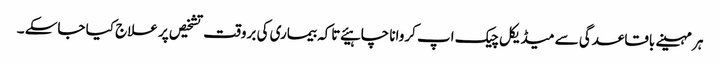
ہر مہینے باقاعدگی سے میڈیکل چیک اپ کروانا چاہیئے تاکہ بیماری کی بروقت تشخیص پر علاج کیا جاسکے ۔